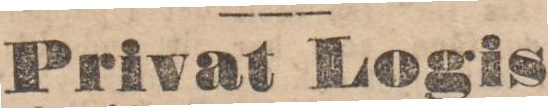
Privat Logis